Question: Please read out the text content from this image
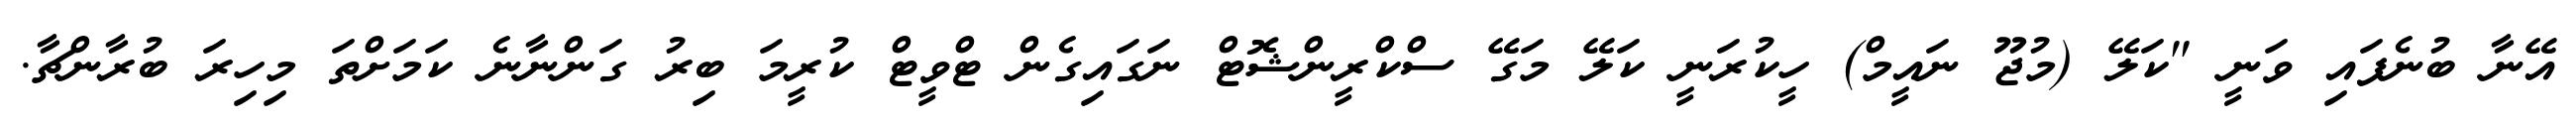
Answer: އޭނާ ބުނެފައި ވަނީ "ކަލޭ (މުޖޫ ނައީމް) ހީކުރަނީ ކަލޭ މަގޭ ސްކްރީންޝޮޓް ނަގައިގެން ޓްވީޓް ކުރީމަ ބިރު ގަންނާނެ ކަމަށްތަ މިހިރަ ބުރާންޗާ.